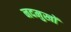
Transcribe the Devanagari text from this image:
नदमुखों